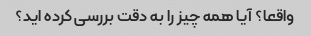
واقعا؟ آیا همه چیز را به دقت بررسی کرده اید؟